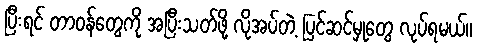
ပြီးရင် တာဝန်တွေကို အပြီးသတ်ဖို့ လိုအပ်တဲ့ ပြင်ဆင်မှုတွေ လုပ်ရမယ်။